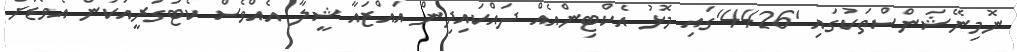
ނޮމިނޭޝަންސްތަކުގައި '4426'ގައި މޮޅު އެކްޓިންއެއް ދައްކައިދިން އައްޒައާ ޝީލާ އެއްވެސް ކެޓަގަރީއަކުން އެވޯޑަށް